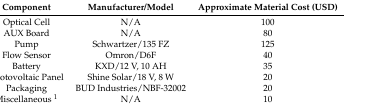
| Component | Manufacturer/Model | Approximate Material Cost (USD) |
 | --- | --- | --- |
 | Optical Cell | N/A | 100 |
 | AUX Board | N/A | 80 |
 | Pump | Schwartzer/135 FZ | 125 |
 | Flow Sensor | Omron/D6F | 40 |
 | Battery | KXD/12 V, 10 AH | 35 |
 | Photovoltaic Panel | Shine Solar/18 V, 8 W | 20 |
 | Packaging | BUD Industries/NBF-32002 | 20 |
 | Miscellaneous 1 | N/A | 10 |